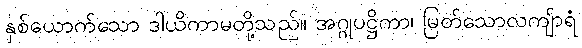
နှစ်ယောက်သော ဒါယိကာမတို့သည်။ အဂ္ဂုပဋ္ဌိကာ၊ မြတ်သောလကျ်ာရံ